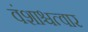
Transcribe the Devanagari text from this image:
वंशाश्चत्वार